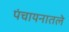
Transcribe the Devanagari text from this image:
पंचायनातले